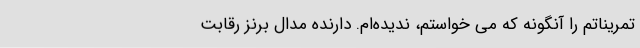
تمریناتم را آنگونه که می خواستم، ندیده‌ام. دارنده مدال برنز رقابت